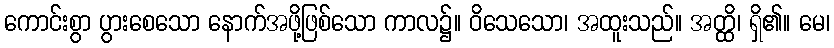
ကောင်းစွာ ပွားစေသော နောက်အဖို့ဖြစ်သော ကာလ၌။ ဝိသေသော၊ အထူးသည်။ အတ္ထိ၊ ရှိ၏။ မေ၊